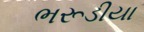
ભરૂડીયા